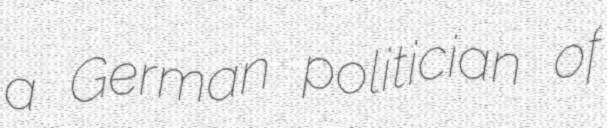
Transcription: a German politician of